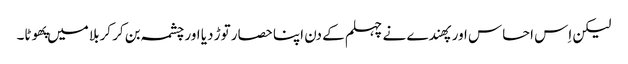
لیکن اِس احساس اور پهندے نے چہلم کے دن اپنا حصار توڑ دیا اور چشمہ بن کر کربلا میں پهوٹا۔